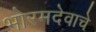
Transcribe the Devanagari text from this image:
भोरमदेवाचे